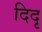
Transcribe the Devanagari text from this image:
दिदृ